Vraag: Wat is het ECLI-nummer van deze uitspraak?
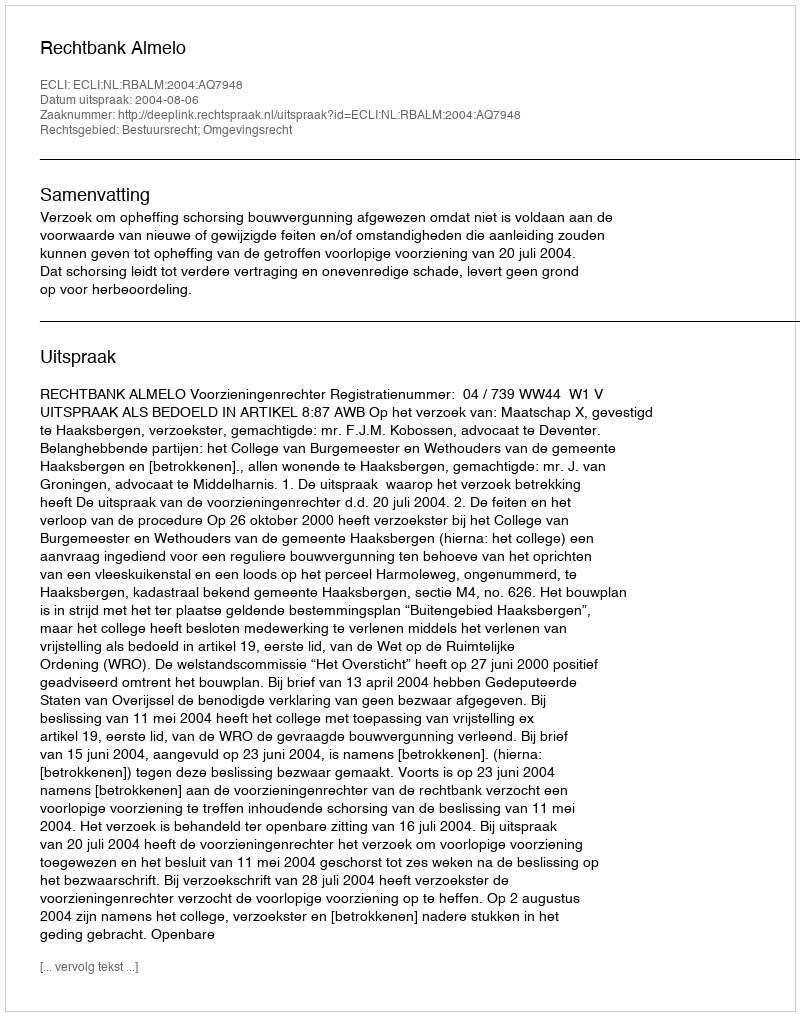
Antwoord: ECLI:NL:RBALM:2004:AQ7948